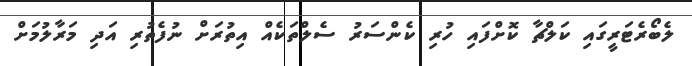
ލެބޯރެޓަރީގައި ކަލްޗާ ކޮށްފައި ހުރި ކެންސަރު ސެލްތަކެއް އިތުރަށް ނުފެތުރި އަދި މަރާލުމަށް